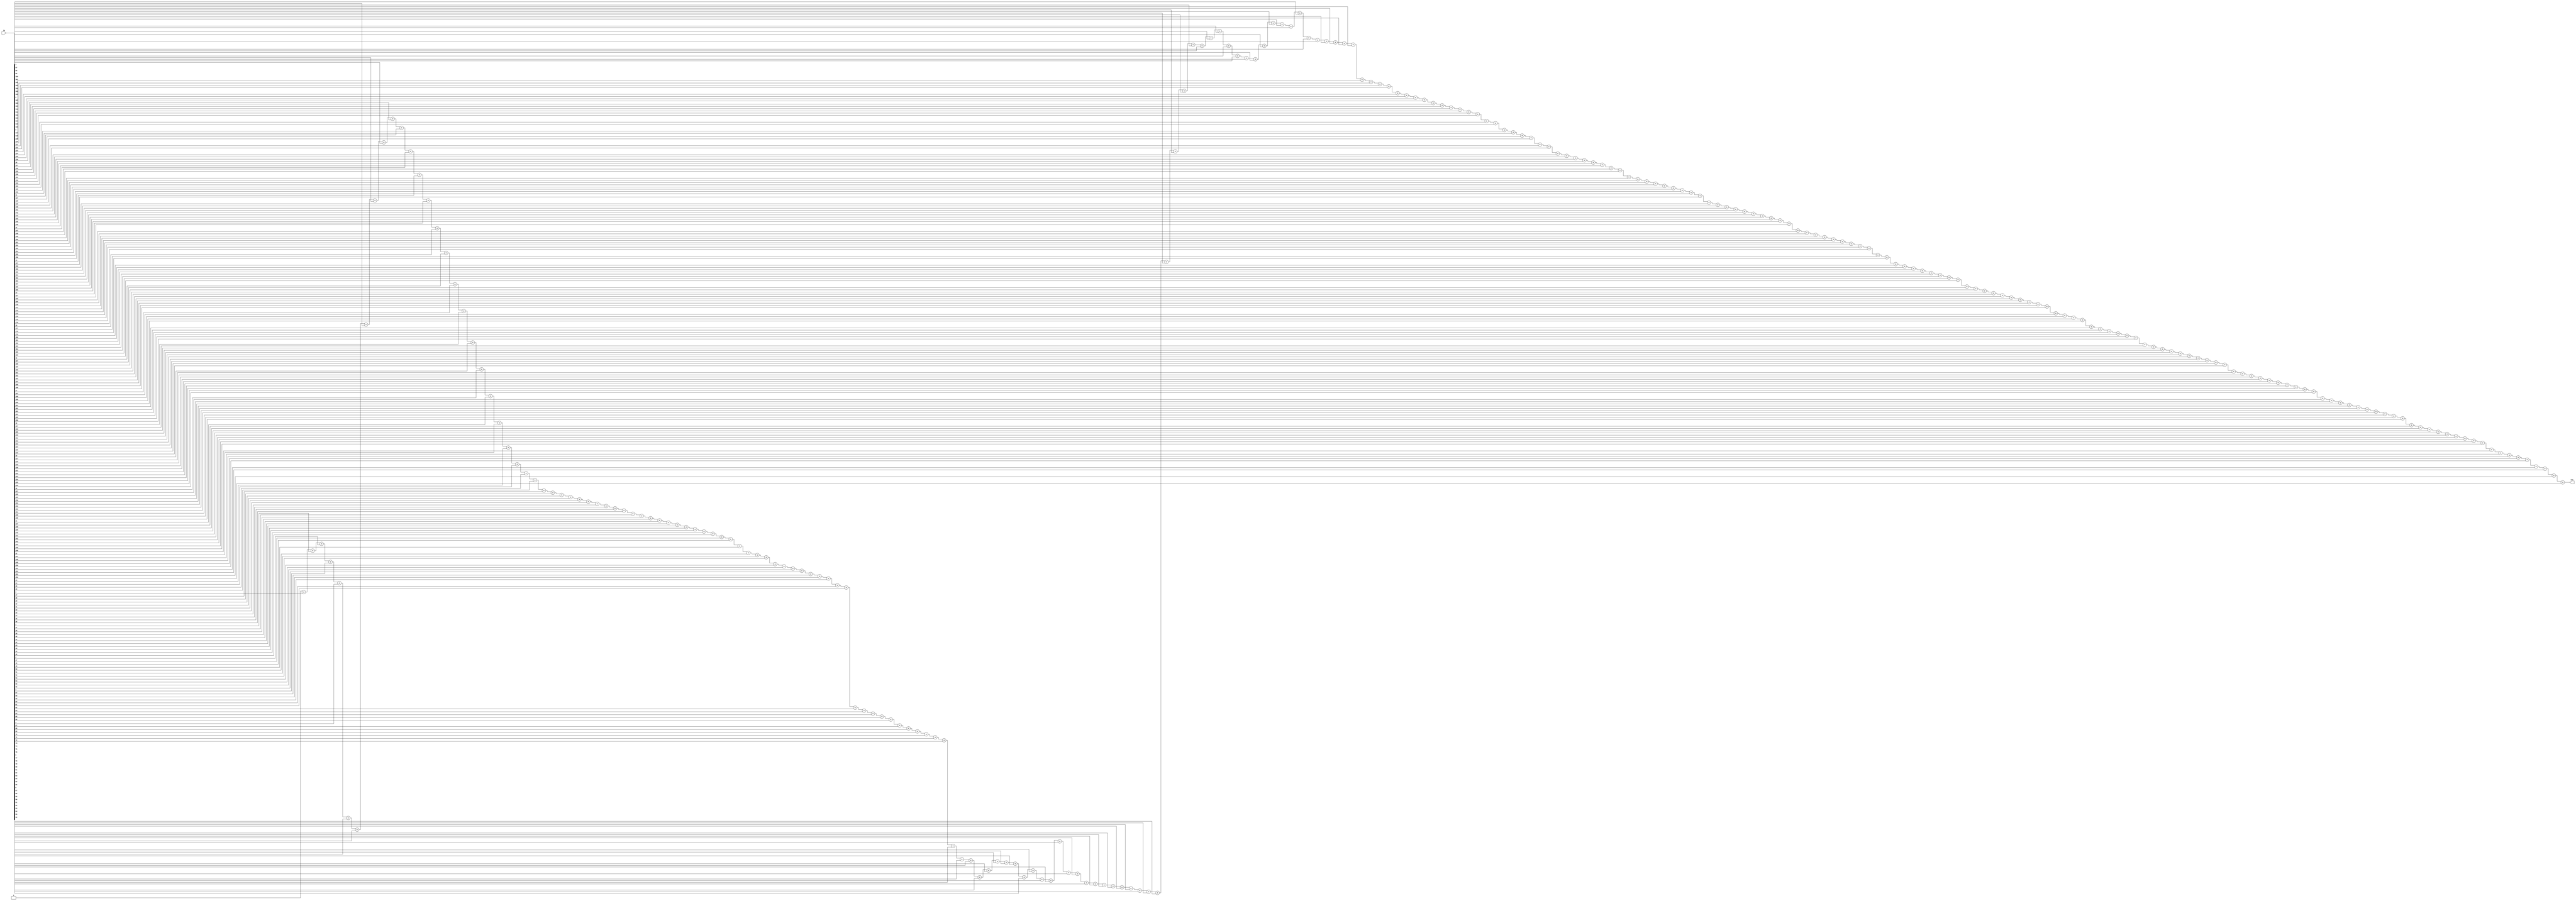
// A "population count" circuit counts the number of '1's in an input vector. 
// Build a population count circuit for a 255-bit input vector.

module top_module( 
    input [254:0] in,
    output reg [7:0] out );
    
    integer i;
    wire [7:0] count;
    always @ (*)
    begin
        out = 0;
        for (i=0; i<255; i=i+1) begin
            out = out + in[i]; // Add each bit. If the bit is a zero, it won't change the sum
        end
    end


endmodule